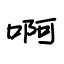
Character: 啊